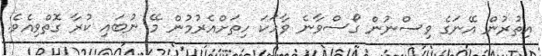
އިތުރުން އޭނަގެ ވިސްނުން ގޯސްވާނެ ވާހަކަ ހިތަށްއެރުމުން މޭ ނުބައި ކުރާ ގޮތްވިއެވެ.